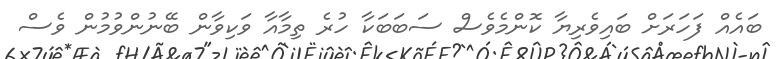
ބައެއް ފަހަރަށް ބައިވެރިޔާ ކޮންމެވެސް ސަބަބަކާ ހުރެ ތިމާއާ ވަކިވާން ބޭނުންވުމުން ވެސް